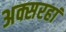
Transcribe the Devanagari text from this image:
अक्सरहां